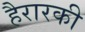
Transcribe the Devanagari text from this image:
हैरारकी